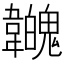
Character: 𩏳